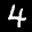
Label: 4